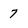
Character: 7